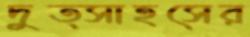
দুত্সাহসের